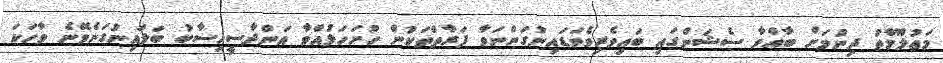
މަޢުލޫމާތު ދިނުމަށް ބާއްވާ ސެޝަންގައި ބައިވެރިވެވަޑައިނުގަންނަވާ ފަރާތްތަކުން ހުށަހަޅުއްވާ އަންދާސީހިސާބު ބަލައިނުގަނެވޭނެ ވާހަކަ